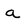
Character: a